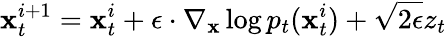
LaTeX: \mathbf{x}_{t}^{i+1}=\mathbf{x}_{t}^{i}+\epsilon\cdot\nabla_{\mathbf{x}}\log p_{t}(\mathbf{x}_{t}^{i})+\sqrt{2\epsilon}z_{t}